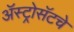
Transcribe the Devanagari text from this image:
ॲस्ट्रोसॅटचे